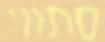
סתווי